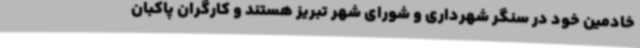
خادمین خود در سنگر شهرداری و شورای شهر تبریز هستند و کارگران پاکبان